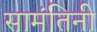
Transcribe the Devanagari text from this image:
सामंतिनी